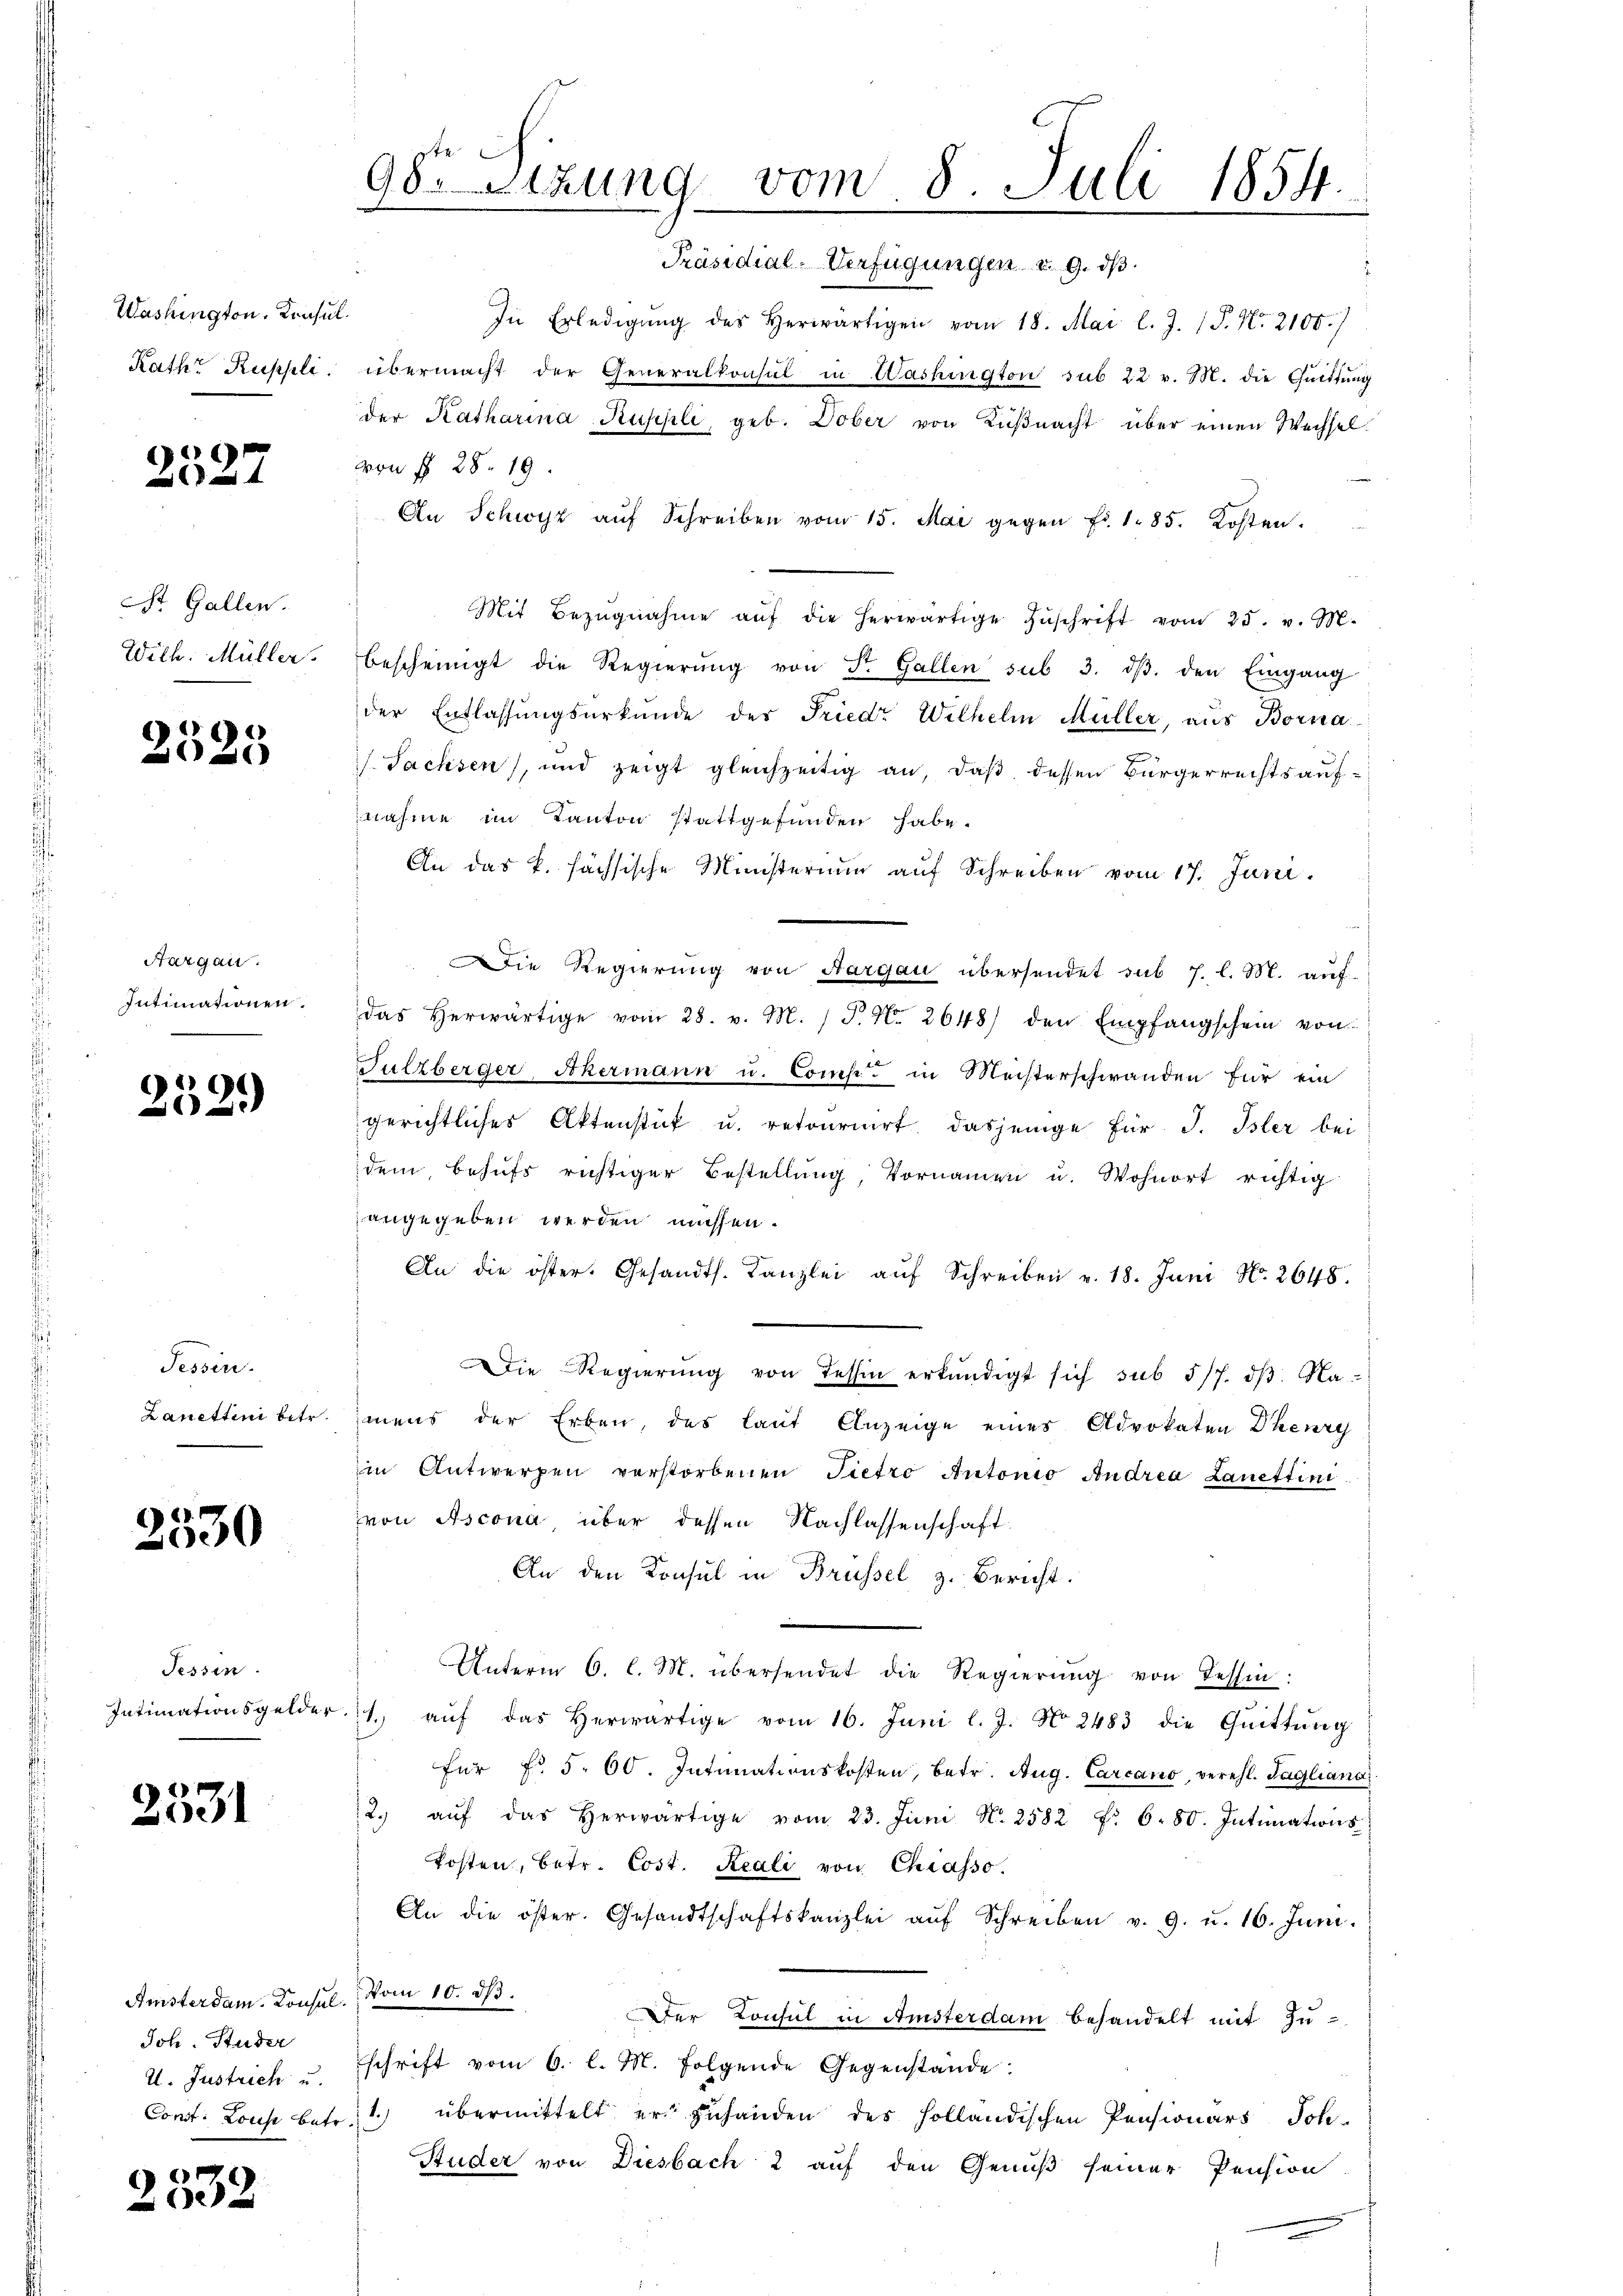
Washington, Konsul
Rath Ruppli

1

St. Gallen.
Wilh. Müller.

2525

Hargau.
Intimationen.
.

252)

Tessin.
Lanettini betr

2530

Tessin.
Intimationsgelder

2531

Anisterdam. Konsul
Joh. Studer
2. Justrich u.
Const. Louise betr.

2532

985 setzung vom 8 Juli 1854.

Präsidial-Verfügungen v. 9. dβ
In Erledigŭng des herwärtigen vom 18. Mai l. J. P. Nr. 2100.)
übermacht der Generalkonsul in Washington sub 22 v. M. die Quittung
der Katharina Ruschli, geb. Dober von Küßnacht über einen Wechsel.
von § 28. 19.
An Schwyz aŭf Schreiben vom 15. Mai gegen Fr. 185. Kosten.
Mit Bezŭgnahme aŭf die herwärtige Zŭschrift vom 25. v. M.
bescheinigt die Regierŭng von St. Gallen sub 3. dβ. den Eingang
der Entlassungsurkunde des Fried Wilhelm Müller, aus Borna
Sachsen, und zeigt gleichzeitig an, daß dessen Bürgerrechtsaufnahme im Kanton stattgefunden habe.
An das k. sächsische Ministerium auf Schreiben vom 17. Juni.
Die Regierung von Aargau übersendet sub 7. l. M. auf
das herwärtige vom 28. v. M. P. Nr. 2648) den Empfangschein von
Fulzberger Akermann u. Comp. in Meisterschwanden für ein
gerichtliches Aktenstück u. retournirt, dasjenige für J. Isler bei
dem, behufs richtiger Bestellung, Vornamen u. Wohnort richtig
angegeben werden müssen.
An die öster. Gesandts. Kanzlei aŭf Schreiben v. 18. Juni Nr. 2648.
Die Regierŭng von Tessin erkundigt sich sub 5/7. dβ. Na-
mens der Erben, das laut Anzeige eines Advokaten Theury
im Antwerpen verstorbenen Pietro Antonio Andrea Lanettini
von Ascona, über dessen Nachlassenschaft.
An den Konsul in Brüssel z. Bericht.
Unterm 6. l. M. übersendet die Regierŭng von Tessin:
.
1. aŭf das herwärtige vom 16. Juni l. J. No. 2483 die Quittung
für f. 5. 60. Intimationskosten, betr. Aug. Carcano, verehl. Tagliana
2. aŭf das herwärtige vom 23. Juni N. 2582 f. 6. 80. Intimations
Posten, betr. Cost. Reali von Chiasso.
An die öster. Gesandtschaftskanzlei aŭf Schreiben v. 9. u. 16. Juni.
Vom 10. dβ. Der Konsul in Amsterdam behandelt mit Zu-
schrift vom 6. l. M. folgende Gegenstände:
übermittelt er zuhanden des Holländischen Pensionars Joh.
.
Studer von Diesbach 2 auf den Genuß seiner Pension